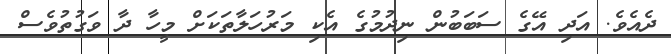
ދެއެވެ. އަދި އޭގެ ސަބަބުން ނިދުމުގެ އެކި މަރުހަލާތަކަށް މީހާ ދާ ވަގުތުވެސް